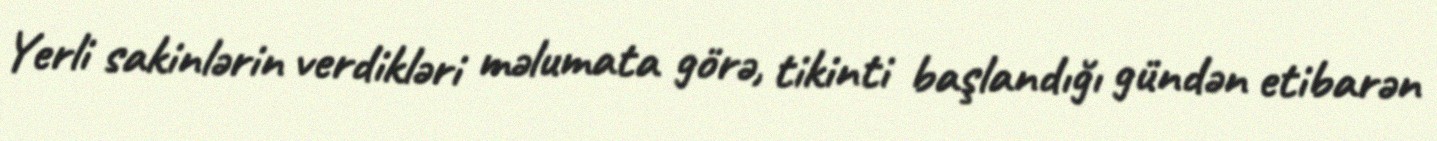
Yerli sakinlərin verdikləri məlumata görə, tikinti başlandığı gündən etibarən